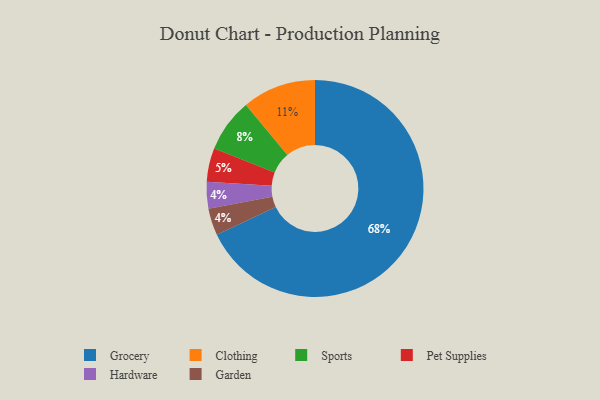
{"axis": {"x": "Category", "y": "Percentage"}, "legend": ["Clothing", "Garden", "Grocery", "Hardware", "Pet Supplies", "Sports"], "data": [{"x": "Clothing", "y": 11, "type": "Clothing"}, {"x": "Grocery", "y": 68, "type": "Grocery"}, {"x": "Pet Supplies", "y": 5, "type": "Pet Supplies"}, {"x": "Sports", "y": 8, "type": "Sports"}, {"x": "Hardware", "y": 4, "type": "Hardware"}, {"x": "Garden", "y": 4, "type": "Garden"}]}